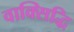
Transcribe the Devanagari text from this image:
वाक्सिद्धि